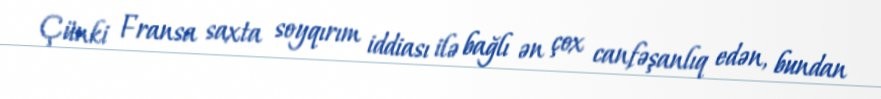
Çünki Fransa saxta soyqırım iddiası ilə bağlı ən çox canfəşanlıq edən, bundan